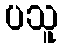
ပသူ